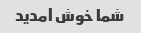
شما خوش آمدید